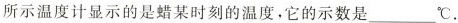
所示温度计显示的是蜡某时刻的温度，它的示数是___℃.